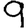
Digit: 9